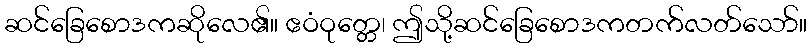
ဆင်ခြေစောဒကဆိုလေ၏။ ဧဝံဝုတ္တေ၊ ဤသို့ဆင်ခြေစောဒကတက်လတ်သော်။